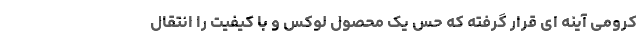
کرومی آینه ای قرار گرفته که حس یک محصول لوکس و با کیفیت را انتقال